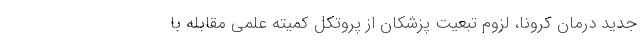
جدید درمان کرونا، لزوم تبعیت پزشکان از پروتکل کمیته علمی مقابله با